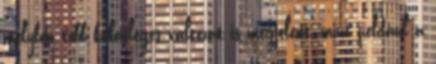
melyben több különleges változat is megjelent, mint például a